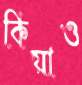
কিয়াও